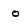
Character: o